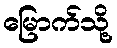
မြောက်သို့